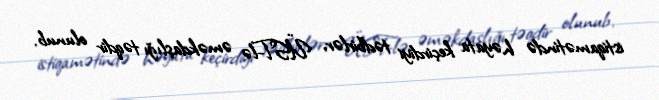
istiqamətində həyata keçirdiyi tədbirlər, ÜST-lə əməkdaşlığı təqdir olunub.